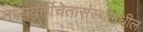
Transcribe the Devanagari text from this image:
मध्यवर्तीचेतासंस्थीमधील